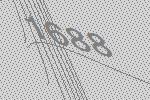
1688